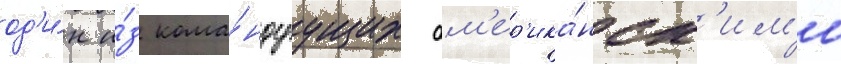
од'и́н и́з кома́ндуущих ам'ер'ика́нск'им'и